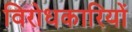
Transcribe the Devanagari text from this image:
विरोधकारियों